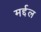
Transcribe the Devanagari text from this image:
मर्द्दल